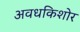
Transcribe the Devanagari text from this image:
अवधकिशोर